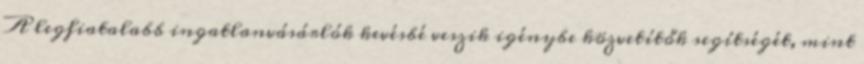
A legfiatalabb ingatlanvásárlók kevésbé veszik igénybe közvetítők segítségét, mint